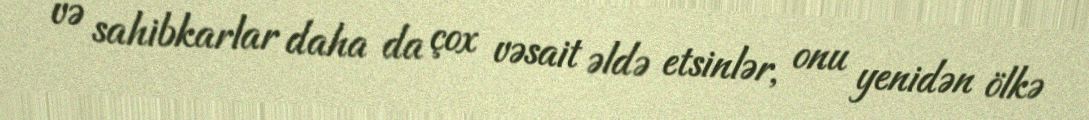
və sahibkarlar daha da çox vəsait əldə etsinlər, onu yenidən ölkə